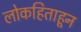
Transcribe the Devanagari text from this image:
लोकहिताहून